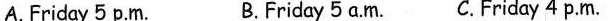
A.Friday 5 p.m. B. Friday 5 a.m. C.Friday 4 p.m.